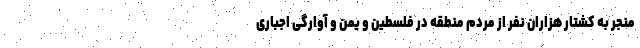
منجر به کشتار هزاران نفر از مردم منطقه در فلسطین و یمن و آوارگی اجباری